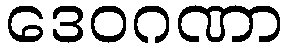
ဒေဝဂဏာ